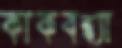
কাকবন্ধ্যা